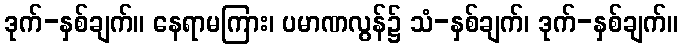
ဒုက်-နှစ်ချက်။ နေရာမကြား၊ ပမာဏလွန်၌ သံ-နှစ်ချက်၊ ဒုက်-နှစ်ချက်။